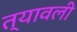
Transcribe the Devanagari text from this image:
त्यावली